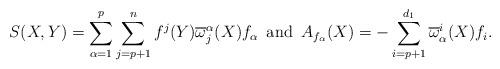
LaTeX: \begin{align*}S(X,Y)=\sum_{\alpha=1}^p\sum_{j=p+1}^nf^j(Y)\overline\omega^\alpha_j(X)f_\alpha\,\,\, \mbox{and}\,\,\, A_{f_\alpha}(X)=-\sum_{i=p+1}^{d_1}\overline\omega_\alpha^i(X)f_i.\end{align*}